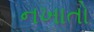
નખાતો